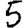
Digit: 5